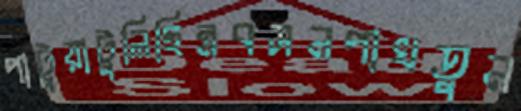
পাটুয়াটুলিছিন্নবসনপাখতুন